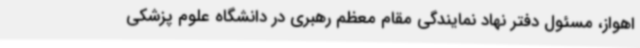
اهواز، مسئول دفتر نهاد نمایندگی مقام معظم رهبری در دانشگاه علوم پزشکی